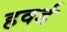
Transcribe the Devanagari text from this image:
हवर्ड